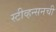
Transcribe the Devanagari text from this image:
स्टीव्हन्‍सनची